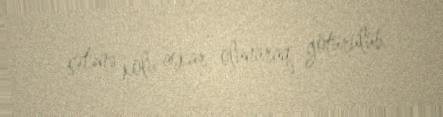
çətənə kolu aşkar olunaraq götürülüb.